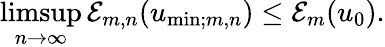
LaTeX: \operatorname*{limsup}_{n\to\infty}\mathcal{E}_{m,n}(u_{\mathrm{min};m,n})\leq\mathcal{E}_{m}(u_{0}).